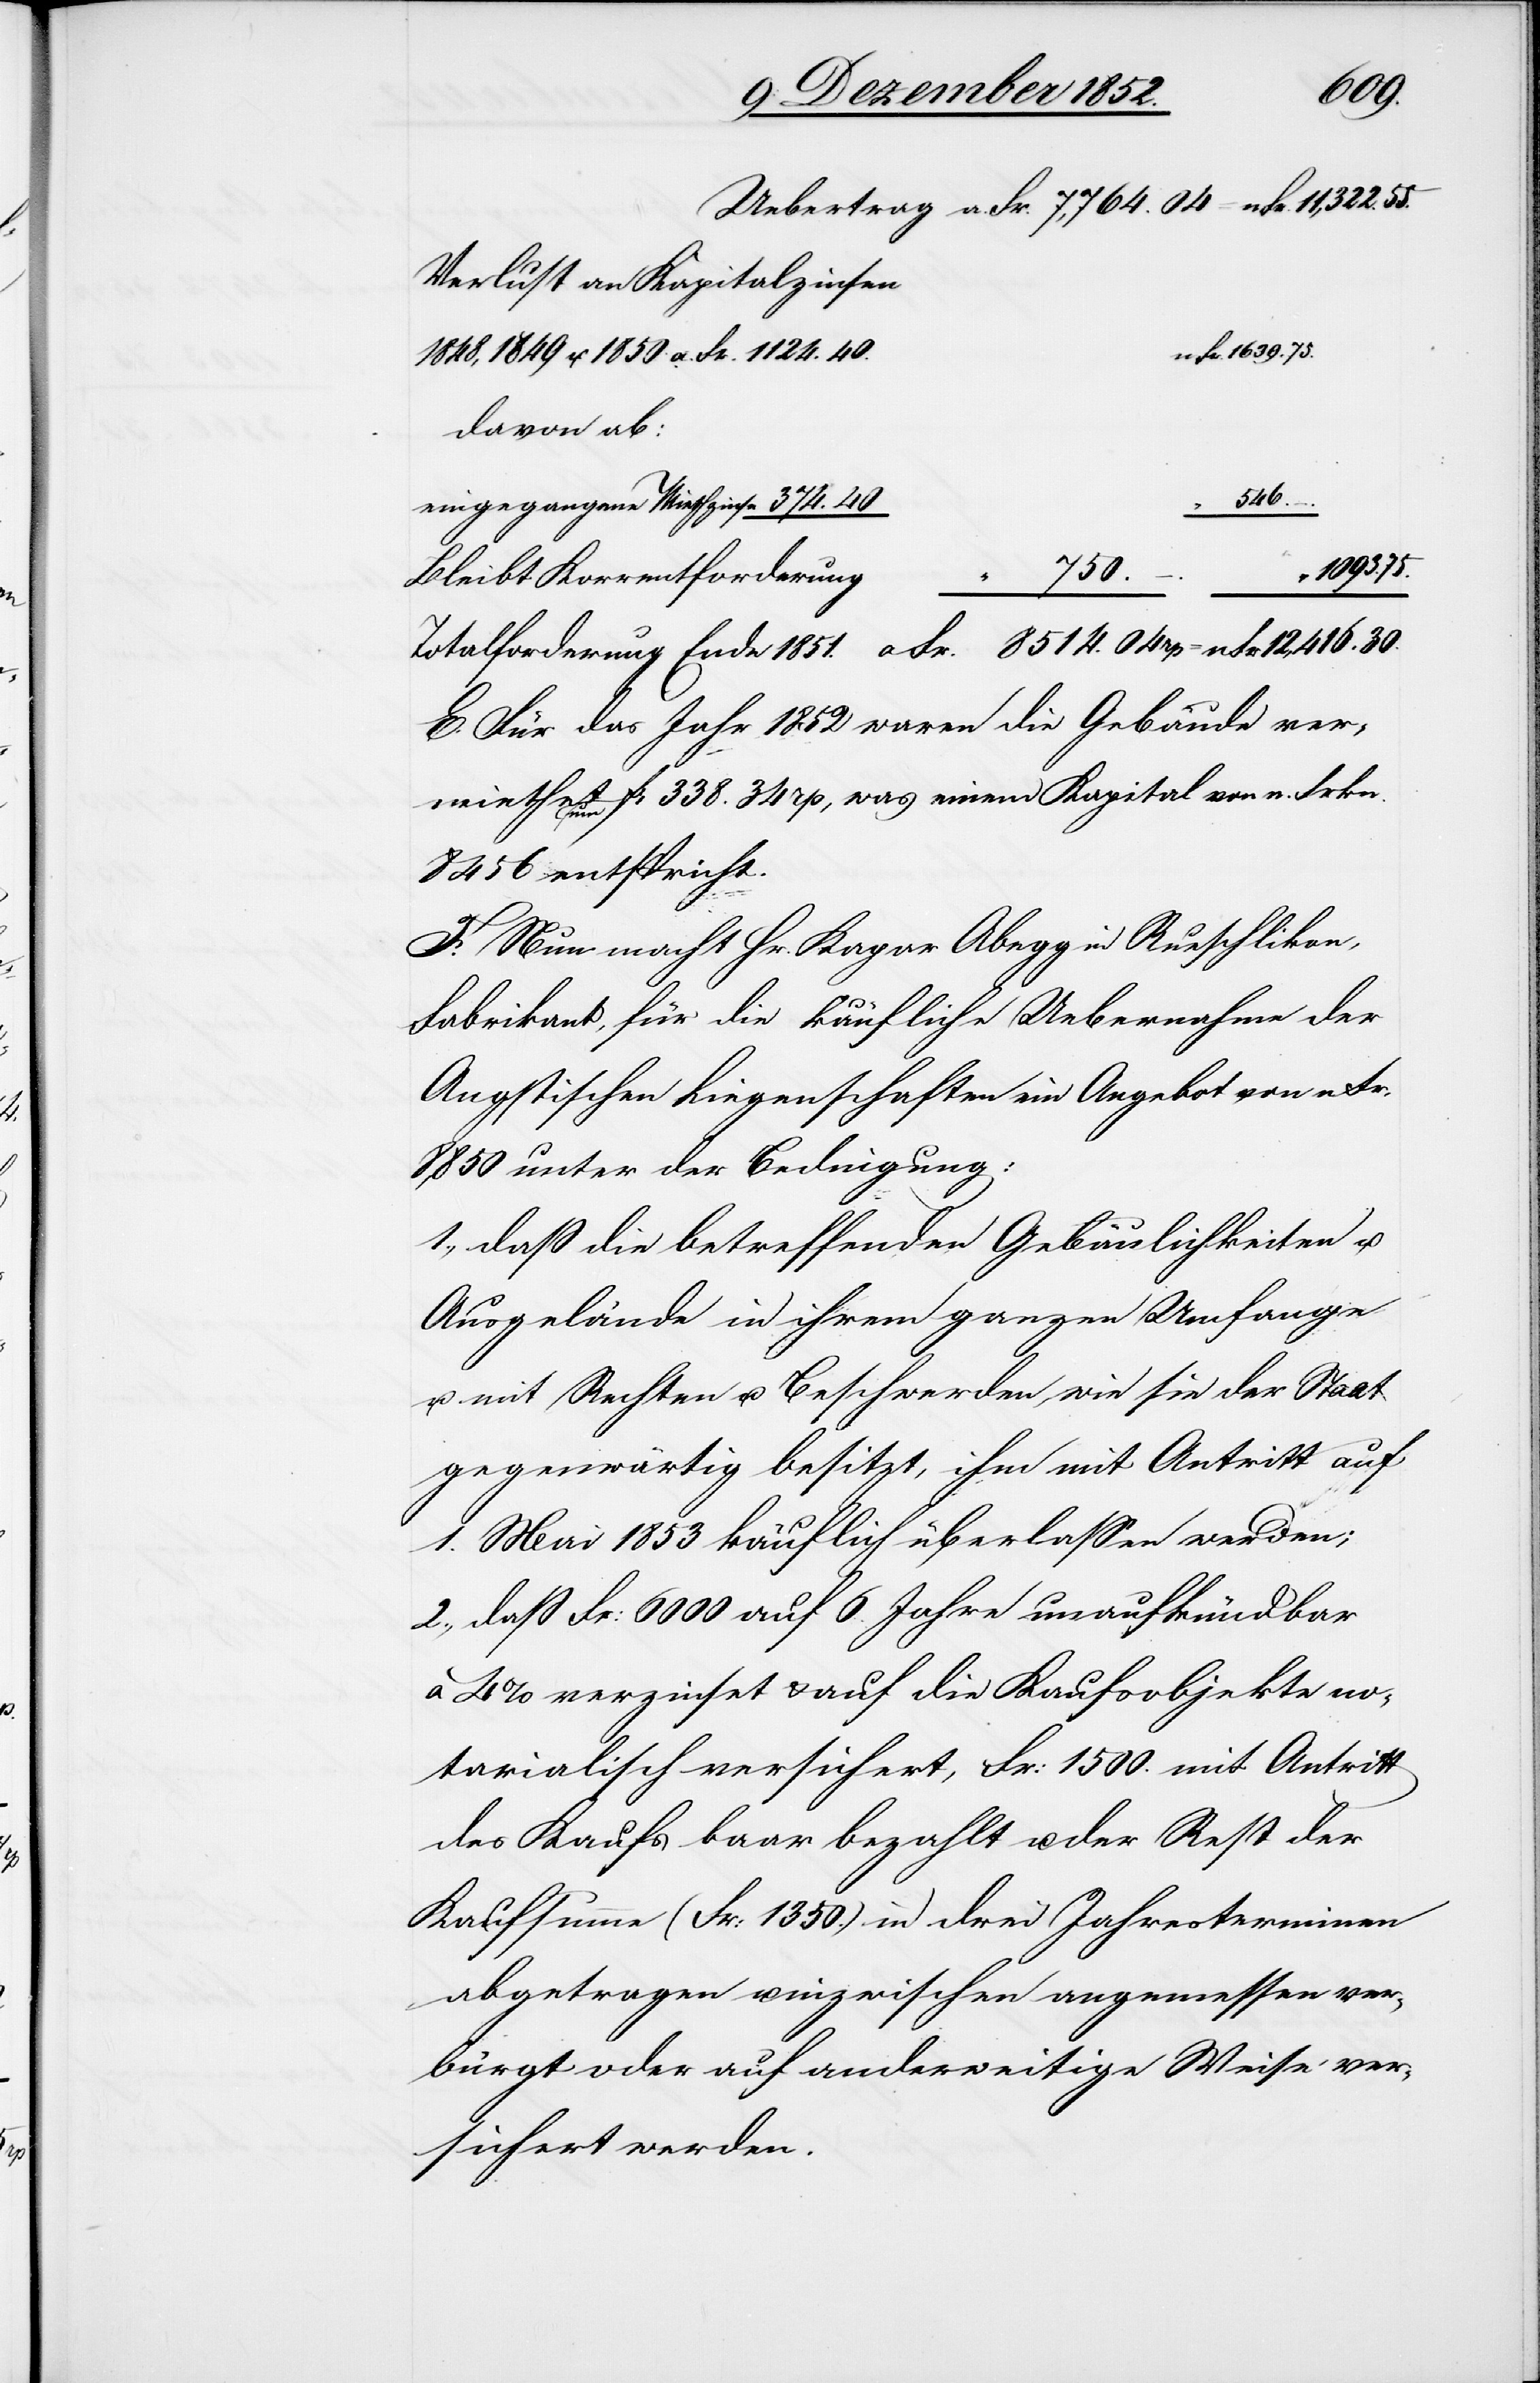
Verlust an Kapitalzinsen
n Fr. 1639. 75.
1848, 1849 u. 1850 a. Fr. 1124. 40
davon ab:
546.
n
12,416.
30.
04
Bleibt Korrentforderung
eingegangene
E. Für das Jahr 1852 waren die Gebäude ver¬
miethet um Fr 338. 34 rp, was einem Kapital von n. Frkn.
8456 entspricht.
F. Nun macht Hr. Ka[s]par Abegg in Rueschlikon,
Fabrikant, für die käufliche Uebernahme der
Angstischen Liegenschaften ein Angebot von n Fr.
8,850 unter der Bedingung:
1., daß die betreffenden Gebäulichkeiten u.
Ausgelände in ihrem ganzen Umfange
u. mit Rechten u. Beschwerden, wie sie der Staat
gegenwärtig besitzt, ihm mit Antritt auf
1. Mai 1853 käuflich überlassen werden;
2., daß Fr: 6000 auf 6 Jahre unaufkündbar
a 4% verzinset & auf die Kaufsobjekte no¬
tarialisch versichert, Fr: 1500. mit Antritt
des Kaufs baar bezahlt u. der Rest der
Kaufsumme (Fr: 1350.) in drei Jahresterminen
abgetragen u. inzwischen angemessen ver¬
bürgt oder auf anderweitige Weise ver¬
sichert werden.